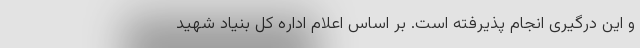
و این درگیری انجام پذیرفته است. بر اساس اعلام اداره کل بنیاد شهید